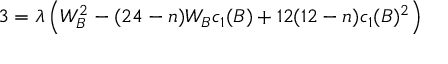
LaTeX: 3 = \lambda \left( W _ { B } ^ { 2 } - ( 2 4 - n ) W _ { B } c _ { 1 } ( B ) + 1 2 ( 1 2 - n ) c _ { 1 } ( B ) ^ { 2 } \right)